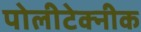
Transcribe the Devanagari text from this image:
पोलीटेक्‍नीक